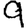
Digit: 9